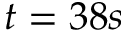
t = 3 8 s